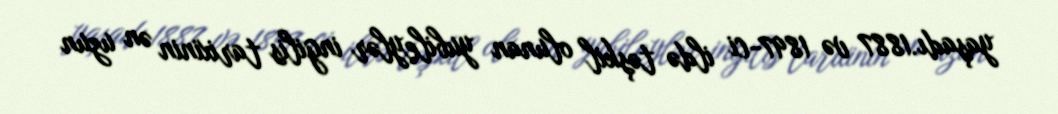
yaşadı.1887 və 1897-ci ildə təşkil olunan yubileylər ingilis tarixinin ən uzun